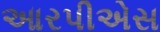
આરપીએસ